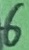
Text: 6